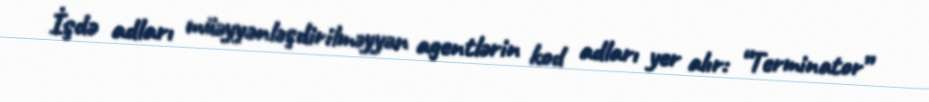
İşdə adları müəyyənləşdirilməyyən agentlərin kod adları yer alır: “Terminator”